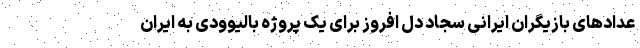
عدادهای بازیگران ایرانی سجاد دل افروز برای یک پروژه بالیوودی به ایران